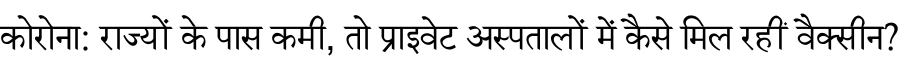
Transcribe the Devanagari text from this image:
कोरोना: राज्यों के पास कमी, तो प्राइवेट अस्पतालों में कैसे मिल रहीं वैक्सीन?